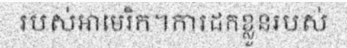
របស់អាមេរិក។ការដកខ្លួនរបស់